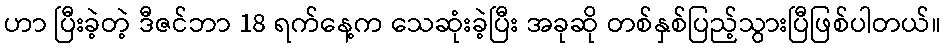
ဟာ ပြီးခဲ့တဲ့ ဒီဇင်ဘာ 18 ရက်နေ့က သေဆုံးခဲ့ပြီး အခုဆို တစ်နှစ်ပြည့်သွားပြီဖြစ်ပါတယ်။